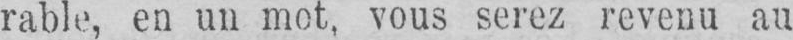
rable, en un mot, vous serez revenu au